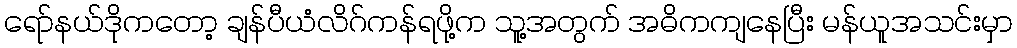
ရော်နယ်ဒိုကတော့ ချန်ပီယံလိဂ်ကန်ရဖို့က သူ့အတွက် အဓိကကျနေပြီး မန်ယူအသင်းမှာ